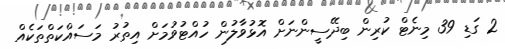
2 ގަޑި 39 މިނެޓް ކުރިން ބިދޭސީންނަށް އޮޅުވާލުން ހުއްޓުވުމަށް އިތުރު މަސައްކަތްތަކެއް